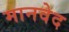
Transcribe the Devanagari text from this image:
मानवेद